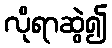
လိုရာဆွဲ၍